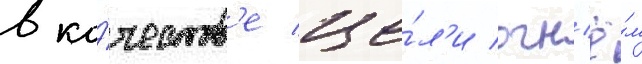
в ка́честв'е це́л'и огн'ё́м